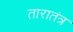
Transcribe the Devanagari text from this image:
तारातंत्र